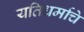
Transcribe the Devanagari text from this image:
यतिधर्माचे